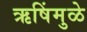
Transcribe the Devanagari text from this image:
ऋषिंमुळे